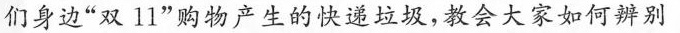
们身边”双l1”物产生的快递垃圾，教会大家如何辨别